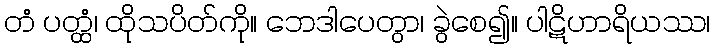
တံ ပတ္ထံ၊ ထိုသပိတ်ကို။ ဘေဒါပေတွာ၊ ခွဲစေ၍။ ပါဋိဟာရိယဿ၊